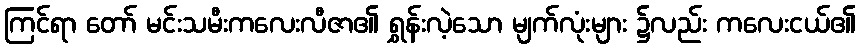
ကြင်ရာ တော် မင်းသမီးကလေးလီဇာ၏ ရွှန်းလဲ့သော မျက်လုံးများ ၌လည်း ကလေးငယ်၏